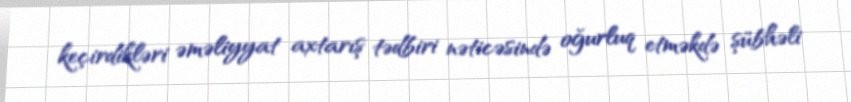
keçirdikləri əməliyyat axtarış tədbiri nəticəsində oğurluq etməkdə şübhəli